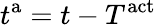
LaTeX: t^{\mathrm{a}}=t-T^{\mathrm{act}}